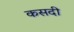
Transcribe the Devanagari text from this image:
कसदी